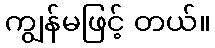
ကျွန်မဖြင့် တယ်။